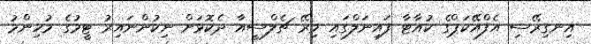
އިނގިރޭސި އެފްއޭކަޕްގެ ކުއާޓާ ފައިނަލްގައި މިރޭ ޗެލްސީއާ ދެކޮޅަށް ނިކުންނައިރު ޓީމުގެ މުހިންމު